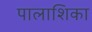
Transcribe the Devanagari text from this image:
पालाशिका